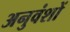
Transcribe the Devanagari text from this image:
अनुवंशों